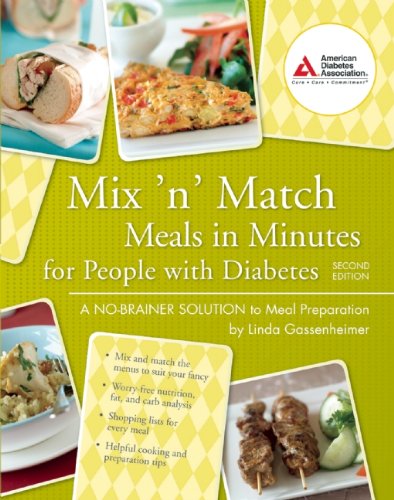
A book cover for Mix 'n' Match Meals in Minutes for People with Diabetes: A No-Brainer Solution to Meal Preparation; Linda Gassenheimer; Health, Fitness & Dieting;